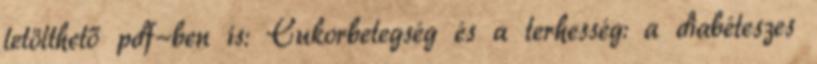
letölthető pdf-ben is: Cukorbetegség és a terhesség: a diabéteszes